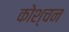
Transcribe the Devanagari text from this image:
कोश्चन